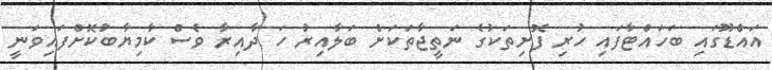
އައްޑޫގައި ބަހައްޓާފައި ހުރި ފޮށިތަކުގެ ނަތީޖާތަކަށް ބަލާއިރު ހަ ދާއިރާ ވެސް ކާމިޔާބުކޮށްފައިވަނީ